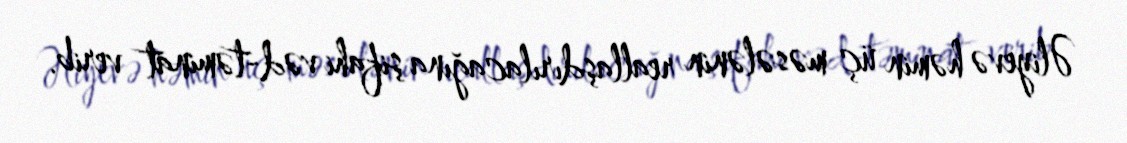
Əliyevə həmin üç məsələnin reallaşdırılacağına şifahi vəd-təminat verib.